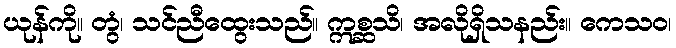
ယုန်ကို။ တွံ၊ သင်ညီထွေးသည်။ ဣစ္ဆသိ၊ အလိုရှိသနည်း။ ကေသဝ၊